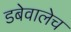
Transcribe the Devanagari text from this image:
डबेवालेच